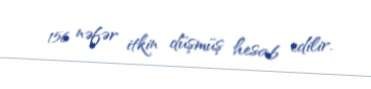
156 nəfər itkin düşmüş hesab edilir.